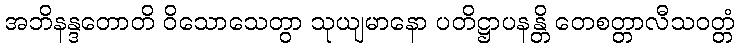
အဘိနန္ဒတောတိ ဝိသောသေတွာ သုယျမာနော ပတိဋ္ဌာပနန္တိ တေစတ္တာလီသဝတ္တံ